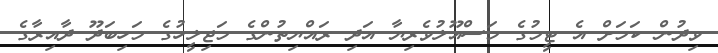
ވިދުން ކަމަށް އެ ޓީމުގެ މަސްއޫލުވެރިޔާ އަދި ރައްޔިތުންގެ މަޖިލީހުގެ މަހިބަދޫ ދާއިރާގެ